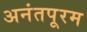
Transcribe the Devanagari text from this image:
अनंतपूरम